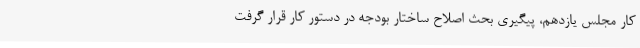
کار مجلس یازدهم، پیگیری بحث اصلاح ساختار بودجه در دستور کار قرار گرفت